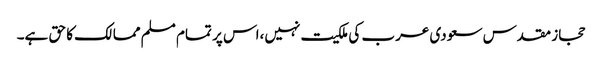
حجاز مقدس سعودی عرب کی ملکیت نہیں،اس پر تمام مسلم ممالک کا حق ہے۔